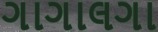
ગાગાલગા